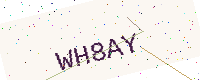
Text: WH8AY